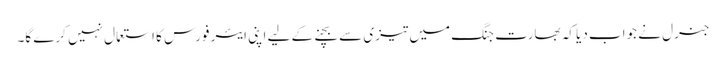
جنرل نے جواب دیا کہ بھارت جنگ میں تیزی سے بچنےکے لیے اپنی ایئر فورس کا استعمال نہیں کرے گا۔